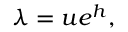
\lambda = u e ^ { h } ,